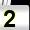
Digit: 2